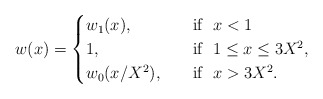
\begin{align*}w(x)=\begin{cases}w_1(x), &\ \ \textrm{ if } \ x<1\\ 1, &\ \ \textrm{ if } \ 1\le x\le 3X^2,\\ w_0(x/X^2), &\ \ \textrm{ if } \ x>3X^2.\end{cases}\end{align*}